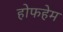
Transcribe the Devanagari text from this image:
होफहेम